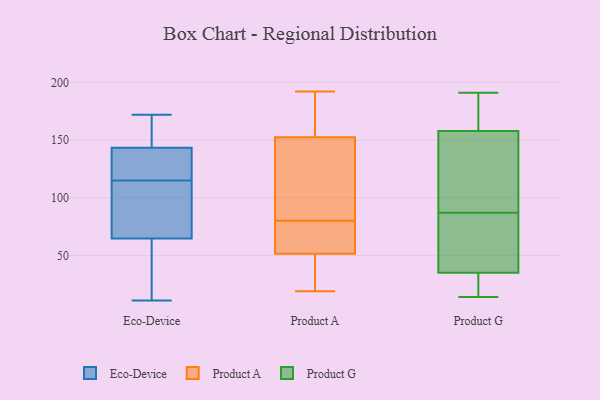
{"axis": {"x": "Latency (ms)", "y": "Value"}, "legend": ["Eco-Device", "Product A", "Product G"], "data": [{"x": "", "y": 161, "type": "Eco-Device"}, {"x": "", "y": 67, "type": "Eco-Device"}, {"x": "", "y": 73, "type": "Eco-Device"}, {"x": "", "y": 115, "type": "Eco-Device"}, {"x": "", "y": 141, "type": "Eco-Device"}, {"x": "", "y": 128, "type": "Eco-Device"}, {"x": "", "y": 124, "type": "Eco-Device"}, {"x": "", "y": 172, "type": "Eco-Device"}, {"x": "", "y": 26, "type": "Eco-Device"}, {"x": "", "y": 106, "type": "Eco-Device"}, {"x": "", "y": 11, "type": "Eco-Device"}, {"x": "", "y": 58, "type": "Eco-Device"}, {"x": "", "y": 150, "type": "Eco-Device"}, {"x": "", "y": 173, "type": "Product A"}, {"x": "", "y": 54, "type": "Product A"}, {"x": "", "y": 192, "type": "Product A"}, {"x": "", "y": 73, "type": "Product A"}, {"x": "", "y": 32, "type": "Product A"}, {"x": "", "y": 122, "type": "Product A"}, {"x": "", "y": 72, "type": "Product A"}, {"x": "", "y": 81, "type": "Product A"}, {"x": "", "y": 155, "type": "Product A"}, {"x": "", "y": 192, "type": "Product A"}, {"x": "", "y": 19, "type": "Product A"}, {"x": "", "y": 49, "type": "Product A"}, {"x": "", "y": 79, "type": "Product A"}, {"x": "", "y": 150, "type": "Product A"}, {"x": "", "y": 124, "type": "Product A"}, {"x": "", "y": 19, "type": "Product A"}, {"x": "", "y": 22, "type": "Product G"}, {"x": "", "y": 102, "type": "Product G"}, {"x": "", "y": 190, "type": "Product G"}, {"x": "", "y": 87, "type": "Product G"}, {"x": "", "y": 29, "type": "Product G"}, {"x": "", "y": 190, "type": "Product G"}, {"x": "", "y": 152, "type": "Product G"}, {"x": "", "y": 14, "type": "Product G"}, {"x": "", "y": 154, "type": "Product G"}, {"x": "", "y": 29, "type": "Product G"}, {"x": "", "y": 159, "type": "Product G"}, {"x": "", "y": 74, "type": "Product G"}, {"x": "", "y": 191, "type": "Product G"}, {"x": "", "y": 170, "type": "Product G"}, {"x": "", "y": 44, "type": "Product G"}, {"x": "", "y": 55, "type": "Product G"}, {"x": "", "y": 32, "type": "Product G"}, {"x": "", "y": 51, "type": "Product G"}, {"x": "", "y": 97, "type": "Product G"}]}